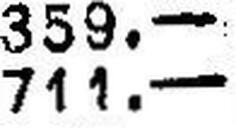
711.—